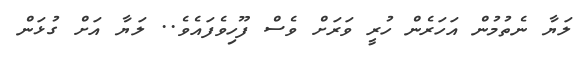
ލަޔާ ނެތުމުން އަހަރެން ހުރީ ވަރަށް ވެސް ފޫހިވެފައެވެ.. ލަޔާ އަށް ގުޅަން